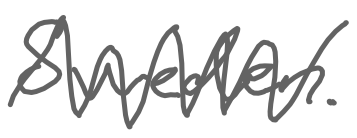
Text: Sweden.
Cross-out: zig-zag
Writing tool: digital_gray